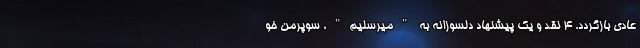
عادی بازگردد. 4 نقد و یک پیشنهاد دلسوزانه به "میرسلیم"، سوپرمن خو